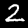
Label: 2